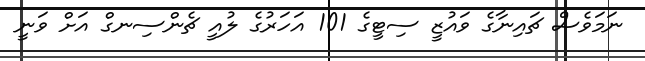
ނަމަވެސް ޗައިނާގެ ވައުޒީ ސިޓީގެ 101 އަހަރުގެ ލުއީ ޗެންސިނގް އަށް ވަނީ